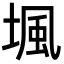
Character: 堸